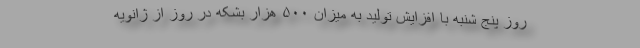
روز پنج شنبه با افزایش تولید به میزان ۵۰۰ هزار بشکه در روز از ژانویه